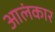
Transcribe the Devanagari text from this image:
आलंकार